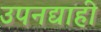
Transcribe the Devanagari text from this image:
उपनद्याही